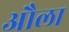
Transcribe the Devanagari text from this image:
औला